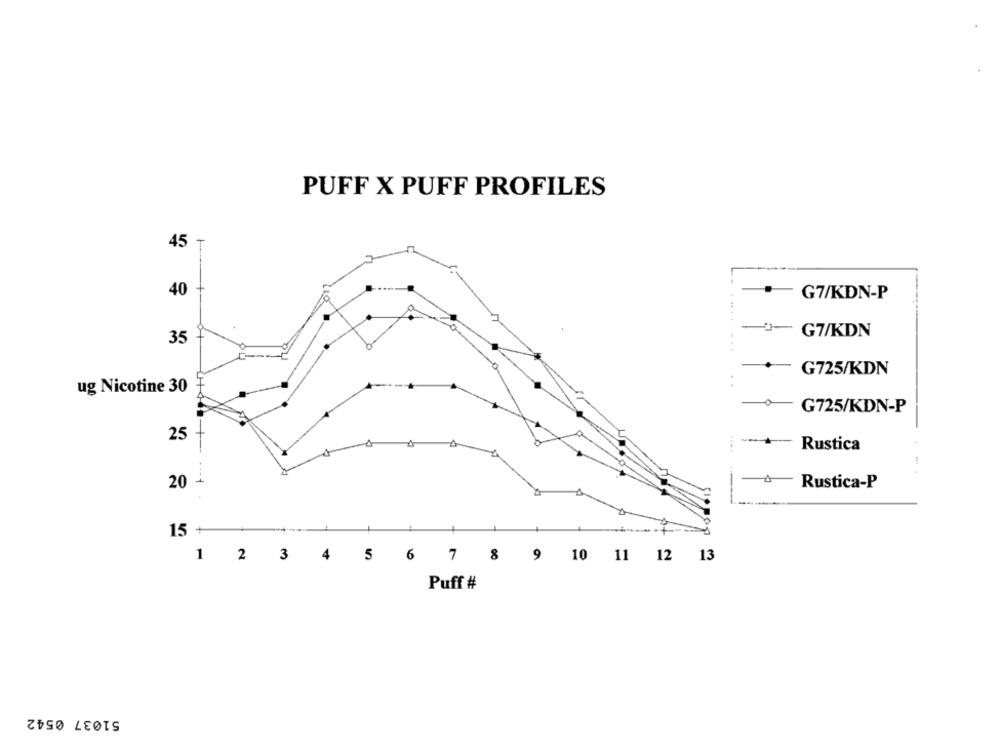
PUFF X PUFF PROFILES
45
40
+ ---- +-
G7/KDN-P
.......
G7/KDN
35
G725/KDN
CH
..
ug Nicotine 30
G725/KDN-P
25
--
1-
Rustica
1
4
Rustica-P
15+
1 2 3 4 5 6 7 8 9 10 11 12 13
Puff #
51037 0542